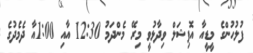
ފުލުހުންގެ މީޑީއާ އޮފިޝަލް ވިދާޅުވީ މިރޭ މެންދަމު 12:30 އާއި 1:00އާ ދެމެދުގެ